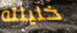
خليلته